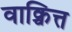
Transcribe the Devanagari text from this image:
वाक्चित्त